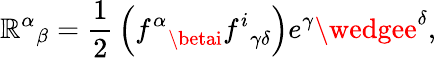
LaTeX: {\mathbb{R}^{\alpha}}_{\beta}={\frac{{1}}{{2}}}\left({f^{\alpha}}_{\betai}{f^{i}}_{\gamma\delta}\right)e^{\gamma}\wedgee^{\delta},